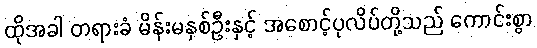
ထိုအခါ တရားခံ မိန်းမနှစ်ဦးနှင့် အစောင့်ပုလိပ်တို့သည် ကောင်းစွာ